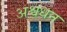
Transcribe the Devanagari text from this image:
अश्वधन